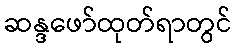
ဆန္ဒဖော်ထုတ်ရာတွင်